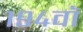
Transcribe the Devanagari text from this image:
१९४वॉ